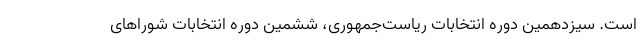
است. سیزدهمین دوره انتخابات ریاست‌جمهوری، ششمین دوره انتخابات شوراهای